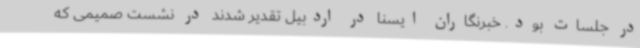
در جلسات بود. خبرنگاران ایسنا در اردبیل تقدیر شدند در نشست صمیمی که